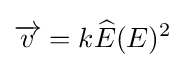
{\overrightarrow {v}}=k{\widehat {E}}(E)^{2}